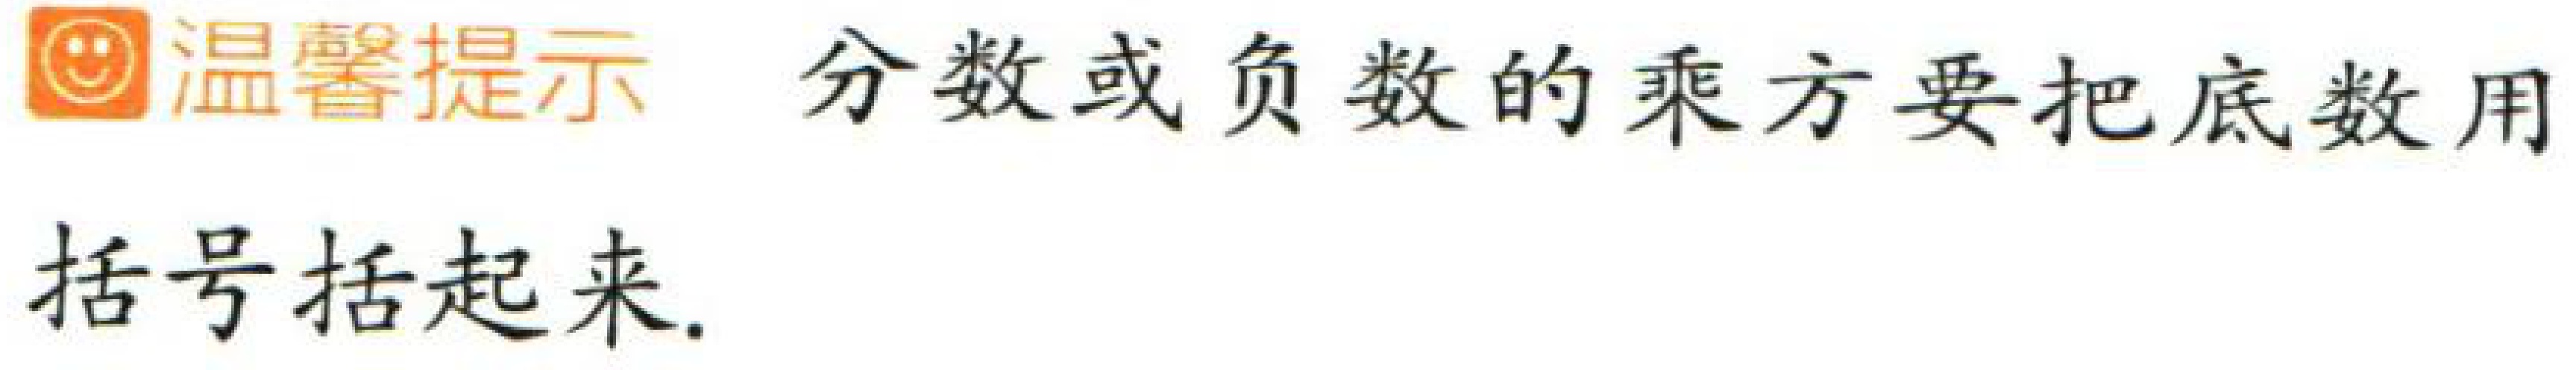
温馨提示：分数或负数的乘方要把底数用括号括起来。